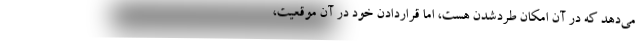
می‌دهد که در آن امکان طردشدن هست، اما قراردادن خود در آن موقعیت،